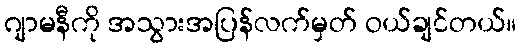
ဂျာမနီကို အသွားအပြန်လက်မှတ် ဝယ်ချင်တယ်။